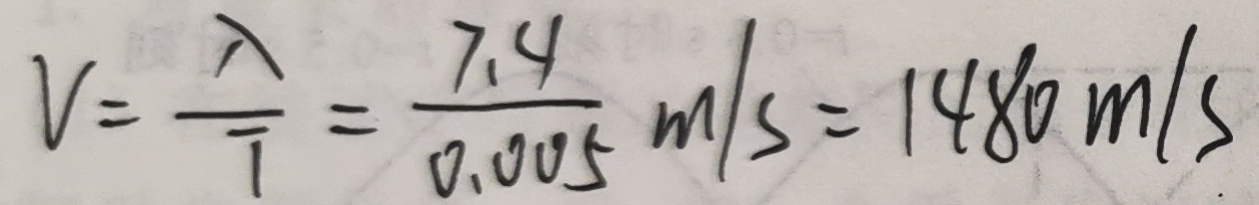
V = \frac { \lambda } { T } = \frac { 7 . 4 } { 0 . 0 0 5 } m / s = 1 4 8 0 m / s